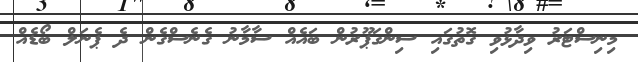
މިނިސްޓަރު ވިދާޅުވި ގޮތުގައި ސިންގަޕޫރުން ބައެއް ސާމާނު ގެނެސްގެން ދެ ޕެނަލް ބޯޑެއް